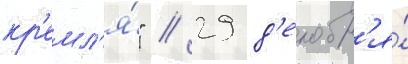
кр'емл'я́" // 29 д'екабр'я́